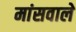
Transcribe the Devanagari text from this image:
मांसवाले